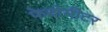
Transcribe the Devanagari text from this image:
फेदोमीटर